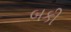
બકી